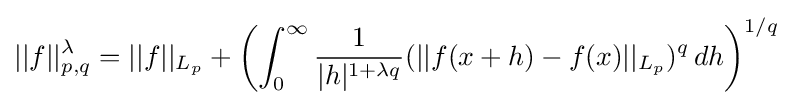
||f||_{p,q}^{\lambda }=||f||_{L_{p}}+\left(\int _{0}^{\infty }{1 \over |h|^{1+\lambda q}}(||f(x+h)-f(x)||_{L_{p}})^{q}\,dh\right)^{1/q}